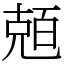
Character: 兡